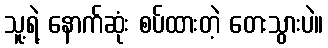
သူ့ရဲ့ နောက်ဆုံး စပ်ထားတဲ့ တေးသွားပဲ။